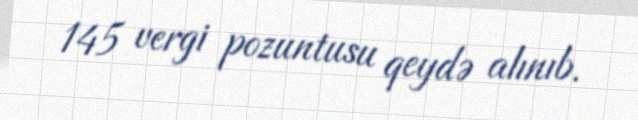
145 vergi pozuntusu qeydə alınıb.